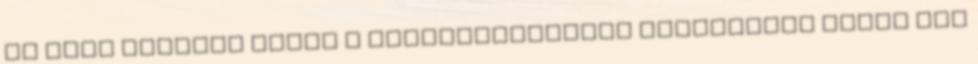
az éles bevetés előtt a munkafolyamatot kipróbálni Mivel két